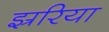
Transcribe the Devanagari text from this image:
झ्ररिया